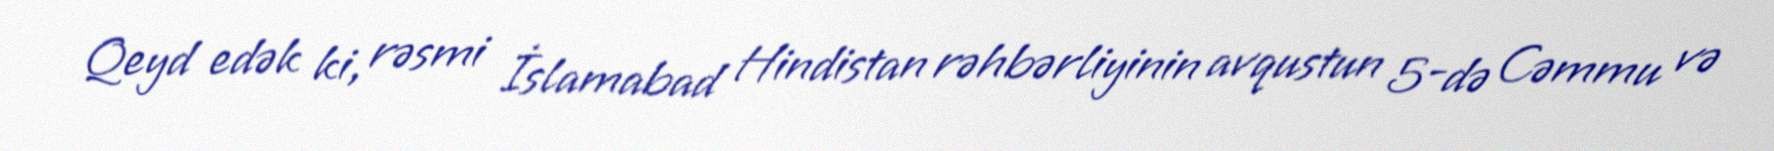
Qeyd edək ki, rəsmi İslamabad Hindistan rəhbərliyinin avqustun 5-də Cəmmu və